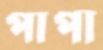
পাপা